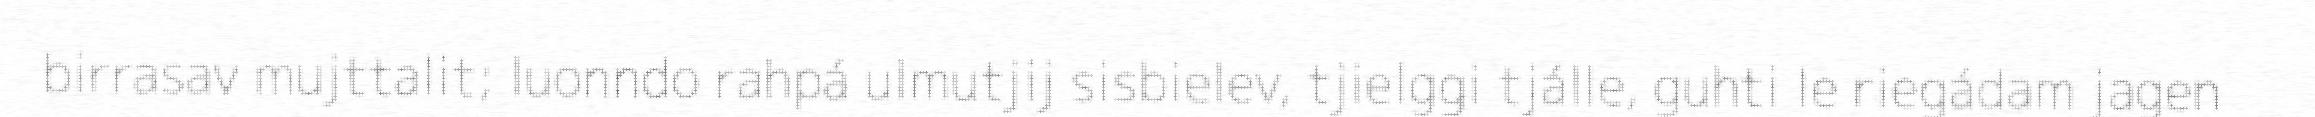
birrasav mujttalit; luonndo rahpá ulmutjij sisbielev, tjielggi tjálle, guhti le riegádam jagen